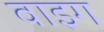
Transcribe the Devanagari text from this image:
वाइग